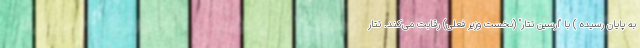
به پایان رسیده ) با "ارسین تتار" (نخست وزیر فعلی) رقابت می‌کند. تتار